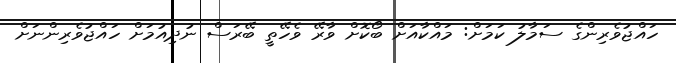
ހައްޖުވެރިންގެ ސަމާލު ކަމަށް: މައްކާއަށް ބޯކޮށް ވާރޭ ވެހޭތީ ބޭރަސް ނުދިއުމަށް ހައްޖުވެރިންނަށް